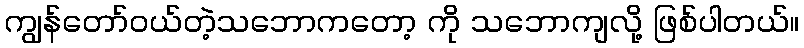
ကျွန်တော်ဝယ်တဲ့သဘောကတော့ ကို သဘောကျလို့ ဖြစ်ပါတယ်။